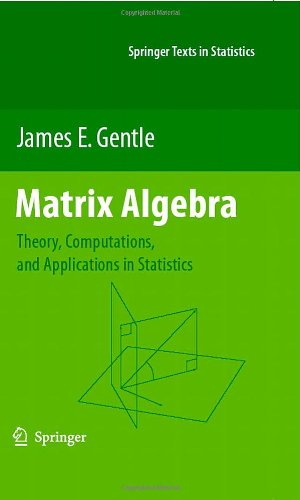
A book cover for Matrix Algebra: Theory, Computations, and Applications in Statistics (Springer Texts in Statistics); James E. Gentle; Computers & Technology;